Indian Civil Veterinary Department memoirs
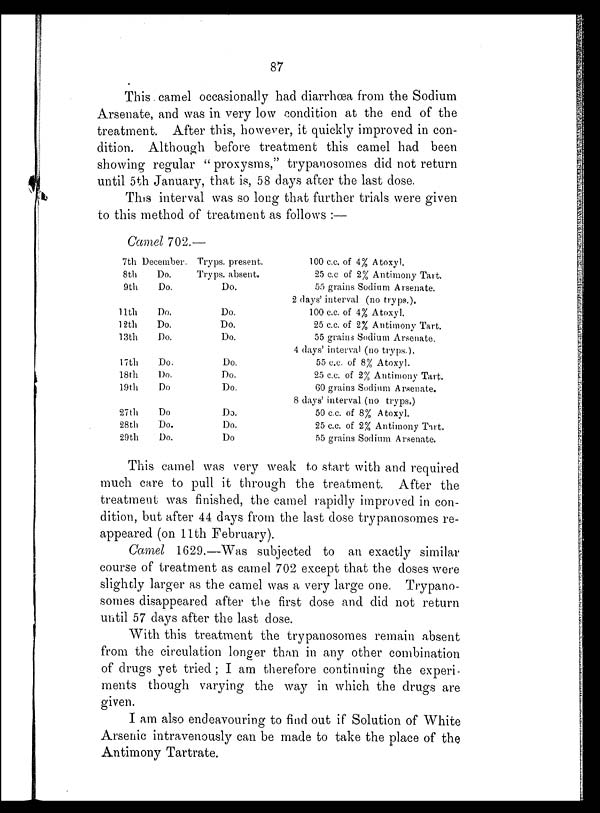
87
This camel occasionally had diarrhœa from the Sodium
Arsenate, and was in very low condition at the end of the
treatment. After this, however, it quickly improved in con-
dition. Although before treatment this camel had been
showing regular "proxysms," trypanosomes did not return
until 5th January, that is, 58 days after the last dose.
This interval was so long that further trials were given
to this method of treatment as follows:—
Camel 702.—
7th December.
8th
Do.
9th
Do.
11th
Do.
12th
Do.
13th
Do.
17th
Do.
18th
Do.
19th
Do
27th
Do
28th
Do.
29th
Do.
Tryps. present.
Tryps. absent.
Do.
Do.
Do.
Do.
Do.
Do.
Do.
Do.
Do.
Do
100 c.c. of 4% Atoxyl.
25 c.c of 2% Antimony Tart.
55 grains Sodium Arsenate.
2 days' interval (no tryps.).
100 c.c. of 4% Atoxyl.
25 c.c. of 2% Antimony Tart.
55 grains Sodium Arsenate.
4 days' interval (no tryps.).
55 c.c. of 8% Atoxyl.
25 c.c. of 2% Antimony Tart.
60 grains Sodium Arsenate.
8 days' interval (no tryps.)
50 c.c. of 8% Atoxyl.
25 c.c. of 2% Antimony Tart.
55 grains Sodium Arsenate.
This camel was very weak to start with and required
much care to pull it through the treatment. After the
treatment was finished, the camel rapidly improved in con-
dition, but after 44 days from the last dose trypanosomes re-
appeared (on 11th February).
Camel 1629.—Was subjected to an exactly similar
course of treatment as camel 702 except that the doses were
slightly larger as the camel was a very large one. Trypano-
somes disappeared after the first dose and did not return
until 57 days after the last dose.
With this treatment the trypanosomes remain absent
from the circulation longer than in any other combination
of drugs yet tried; I am therefore continuing the experi-
ments though varying the way in which the drugs are
given.
I am also endeavouring to find out if Solution of White
Arsenic intravenously can be made to take the place of the
Antimony Tartrate.